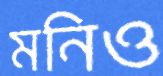
মনিও